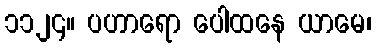
၁၁၂၄။ ပဟာရော ပေါထနေ ယာမေ၊